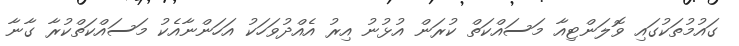
ގައުމުތަކުގައި ވޮލަންޓިއާ މަސައްކަތް ކުރަން އުޅުނު އިރު އެއްދުވަހަކު އަހަންނާއެކު މަސައްކަތްކުރާ ގާނާ